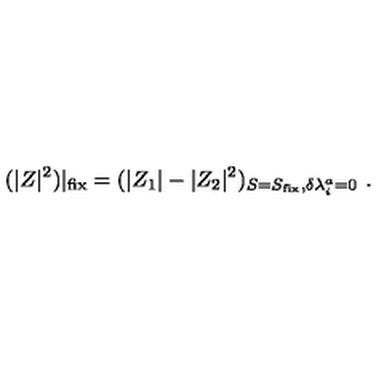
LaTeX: ( | Z | ^ { 2 } ) | _ { \mathrm { f i x } } = ( | Z _ { 1 } | - | Z _ { 2 } | ^ { 2 } ) _ { S = S _ { \mathrm { f i x } } , \delta \lambda _ { i } ^ { a } = 0 } \ .